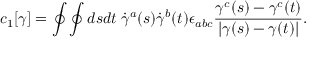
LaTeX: c _ { 1 } [ \gamma ] = \oint \oint d s d t \; \dot { \gamma } ^ { a } ( s ) \dot { \gamma } ^ { b } ( t ) \epsilon _ { a b c } { \frac { \gamma ^ { c } ( s ) - \gamma ^ { c } ( t ) } { | \gamma ( s ) - \gamma ( t ) | } } .